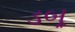
ડબૂ